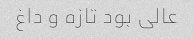
عالی بود تازه و داغ